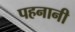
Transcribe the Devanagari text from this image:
पहनानी